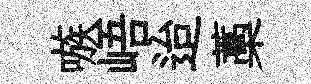
嗾峿迨藁